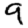
Digit: 9